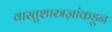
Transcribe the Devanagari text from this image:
वास्तुशास्त्रज्ञांकडून